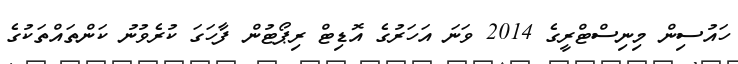
ހައުސިން މިނިސްޓްރީގެ 2014 ވަނަ އަހަރުގެ އޮޑިޓް ރިޕޯޓުން ފާހަގަ ކުރެވުނު ކަންތައްތަކުގެ